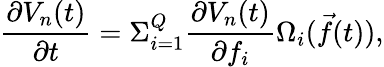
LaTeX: \frac{\partial V_{n}(t)}{\partial t}=\Sigma_{i=1}^{Q}\frac{\partial V_{n}(t)}{\partial f_{i}}\Omega_{i}(\vec{f}(t)),